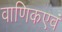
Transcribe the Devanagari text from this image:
वाणिकएवं